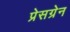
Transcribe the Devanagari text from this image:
प्रेसग्रेन